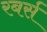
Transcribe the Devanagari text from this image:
रबर्स